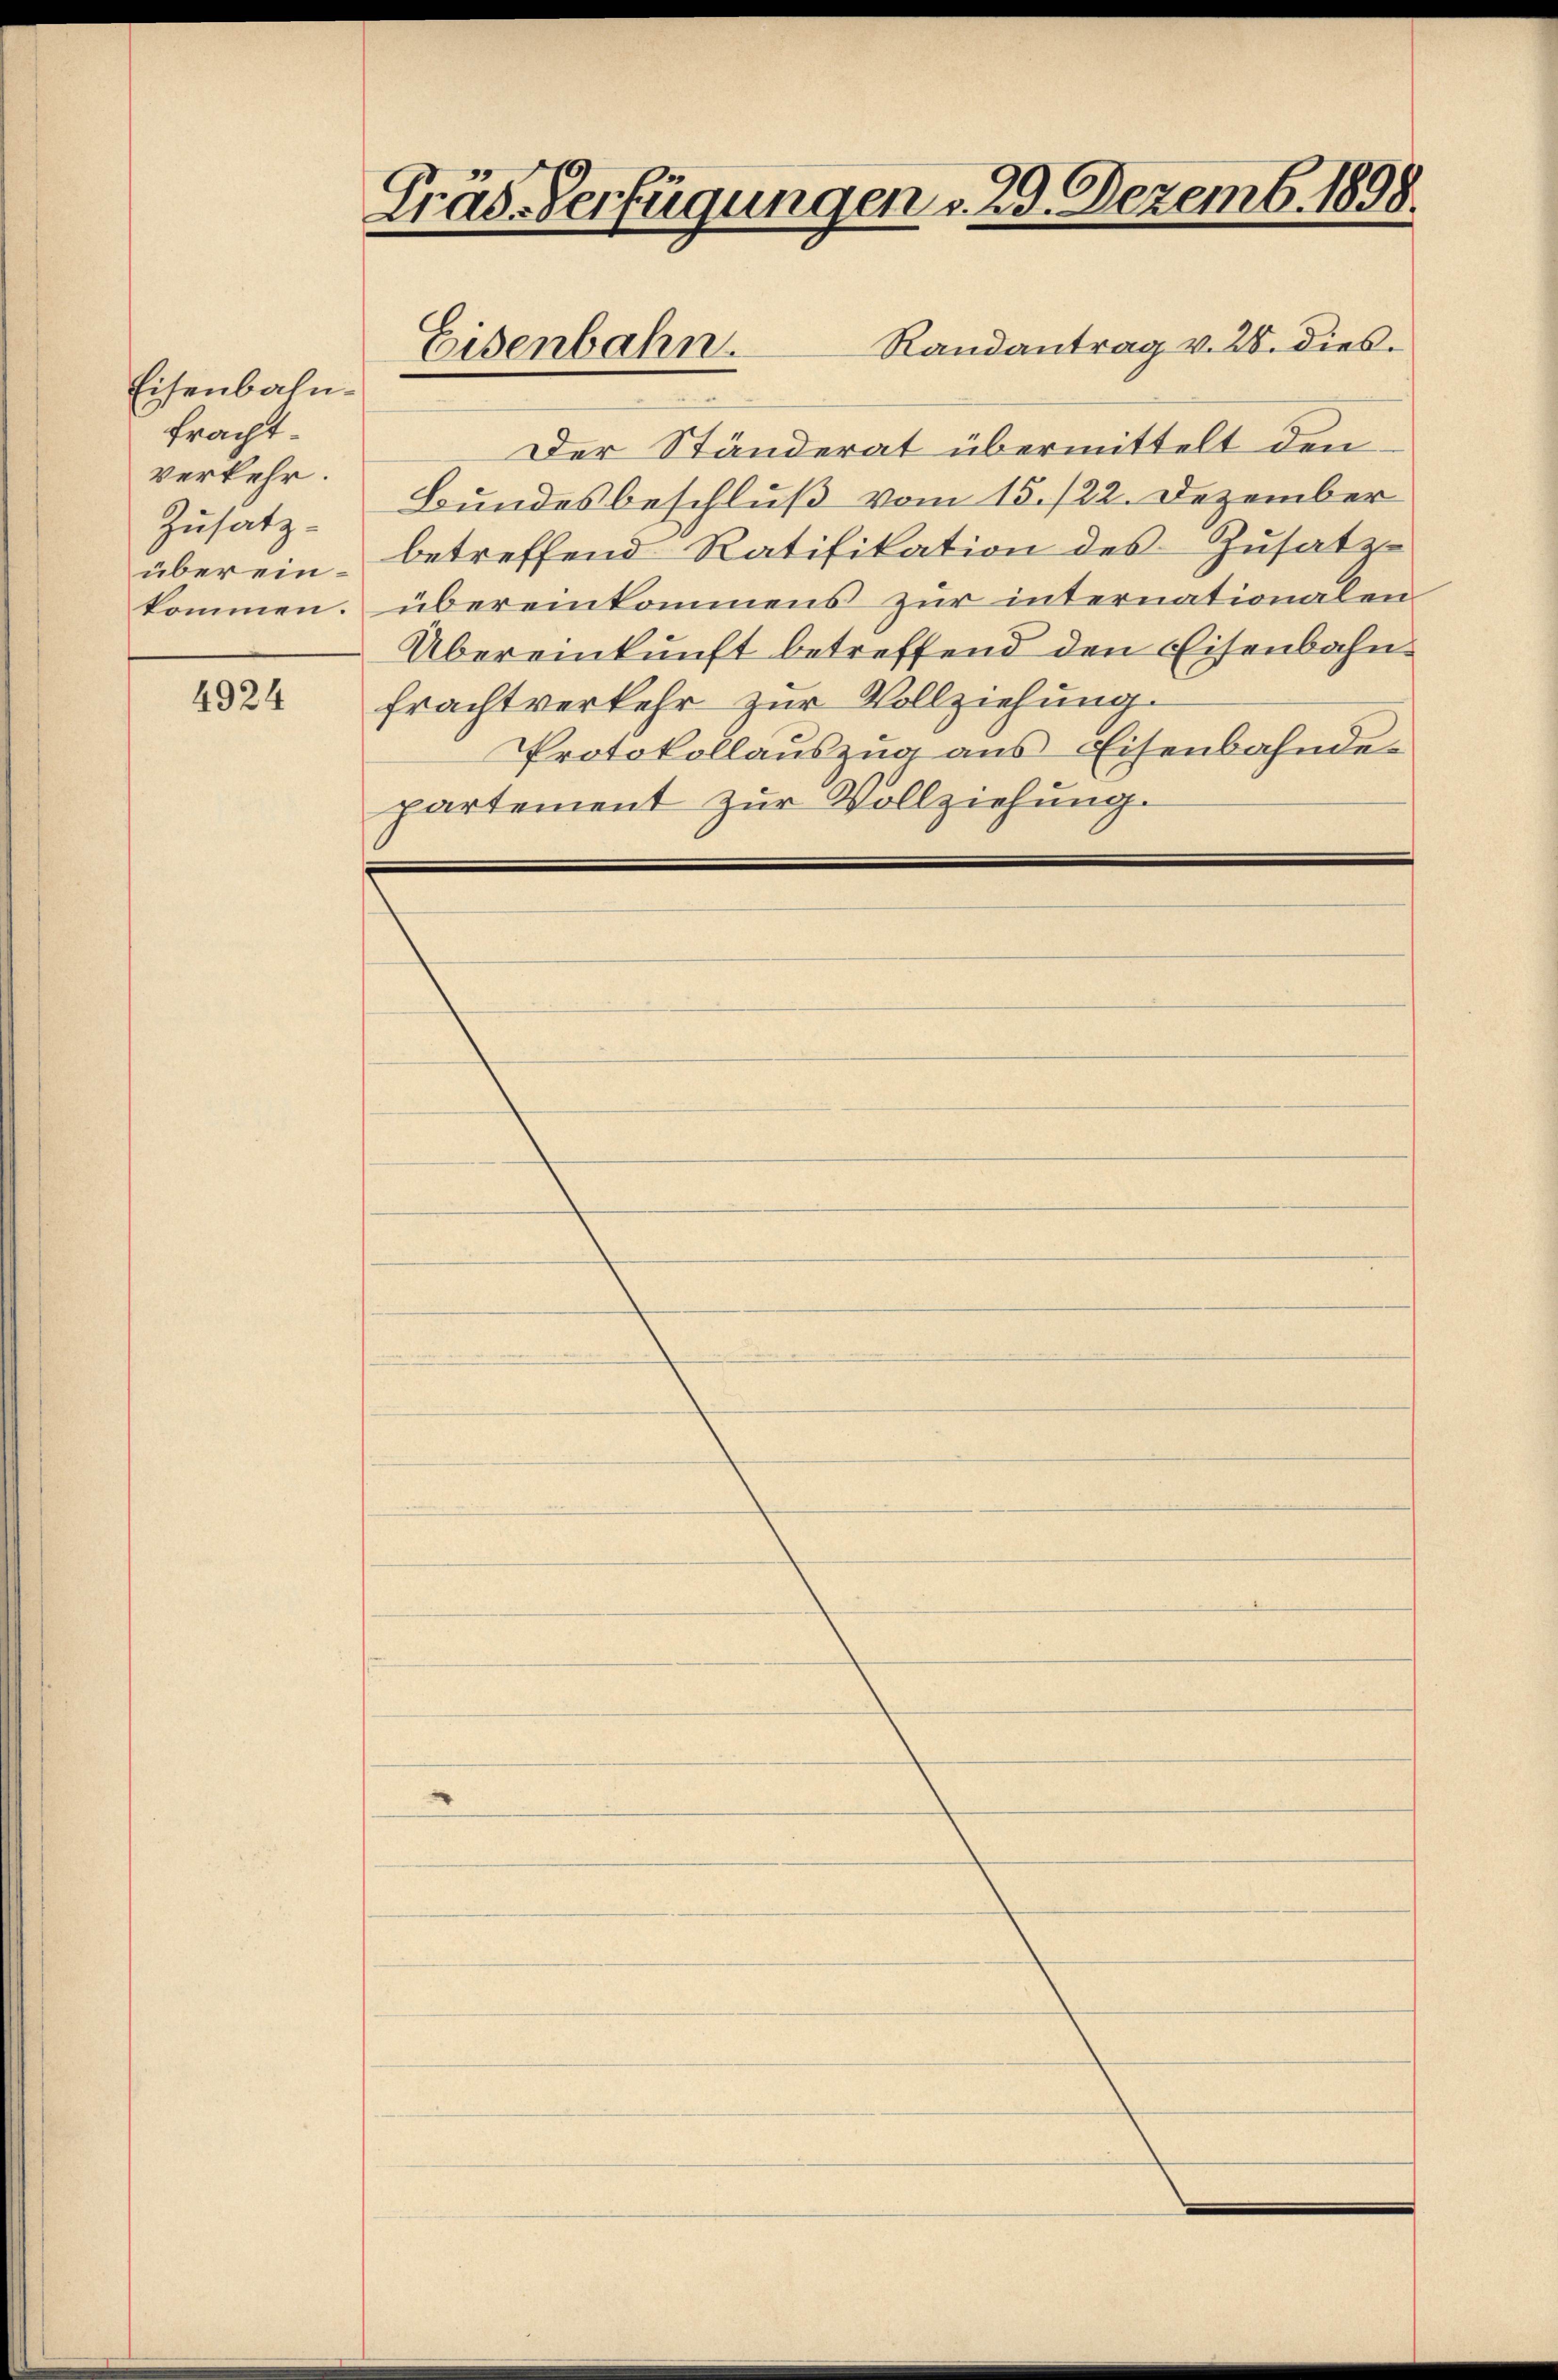
Eisenbahnfracht
verkehr.
Zusatz-
übereinkommen.

4924

Gräs-Verfügungen v. 29. Dezemb. 1898.

Randantrag v. 28. dies
Der Ständerat übermittelt den
Bundesbeschluß vom 15./22. Dezember
betreffend Ratifikation des Zusatz
übereinkommens zur internationalen
Übereinkunft betreffend den Eisenbahnfrachtverkehr zur Vollziehung.
Protokollauszug aus Eisenbahnde-
partement zur Vollziehung.

Eisenbahn